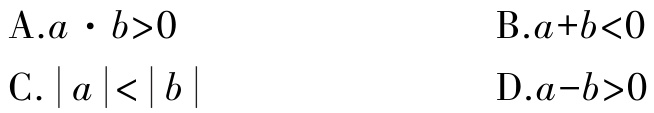
A.$a\cdot b > 0$

B.$a + b < 0$

C.$\vert a\vert<\vert b\vert$

D.$a - b > 0$